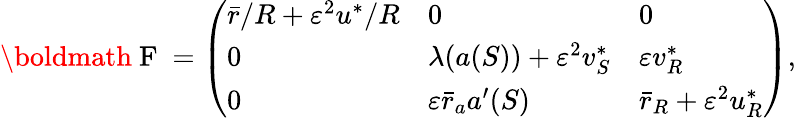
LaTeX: \begin{array}{r}{\mathrm{\boldmath{~F~}}=\left(\begin{array}{lll}{{\bar{r}}/{R}+\varepsilon^{2}{u^{*}}/{R}}&{0}&{0}\\ {0}&{\lambda({a}(S))+\varepsilon^{2}v_{S}^{*}}&{\varepsilon v_{R}^{*}}\\ {0}&{\varepsilon\bar{r}_{a}{a}^{\prime}(S)}&{\bar{r}_{R}+\varepsilon^{2}u_{R}^{*}}\end{array}\right),}\end{array}